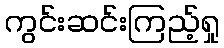
ကွင်းဆင်းကြည့်ရှု